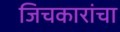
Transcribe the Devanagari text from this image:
जिचकारांचा